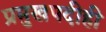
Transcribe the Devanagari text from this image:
प्रमुखपदीही